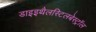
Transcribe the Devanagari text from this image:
डाइइथैलस्टिलबेस्ट्रॉल